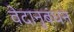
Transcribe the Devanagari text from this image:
वेदानुबंधन